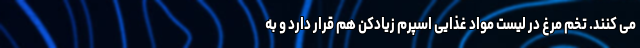
می کنند. تخم مرغ در لیست مواد غذایی اسپرم زیادکن هم قرار دارد و به